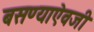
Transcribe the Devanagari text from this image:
बसण्याऐवजी